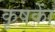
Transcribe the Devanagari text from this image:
कृषकाें